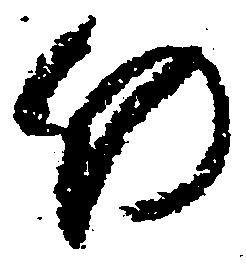
仍